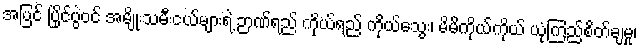
အပြင် ပြိုင်ပွဲဝင် အမျိုးသမီးငယ်များရဲ့ ဉာဏ်ရည် ကိုယ်ရည် ကိုယ်သွေး၊ မိမိကိုယ်ကိုယ် ယုံကြည်စိတ်ချမှု၊